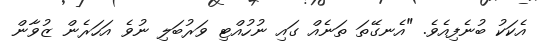
އެކަކު ބުނެފިއެވެ. "އެނގޭތަ ތަނެއް ގައި ނުހުއްޓި ވަރުބަލި ނުވެ އަހަރެން ޒުވާން